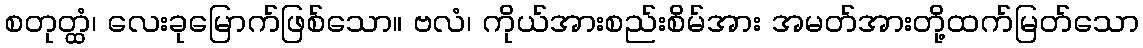
စတုတ္ထံ၊ လေးခုမြောက်ဖြစ်သော။ ဗလံ၊ ကိုယ်အားစည်းစိမ်အား အမတ်အားတို့ထက်မြတ်သော